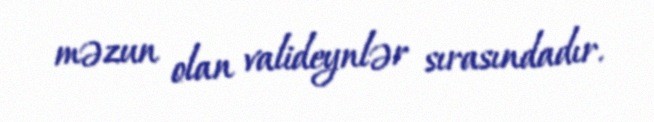
məzun olan valideynlər sırasındadır.